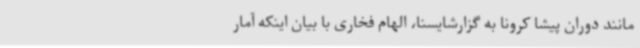
مانند دوران پیشا کرونا به گزارشایسنا، الهام فخاری با بیان اینکه آمار